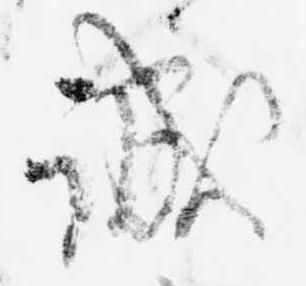
誠